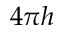
4 \pi h